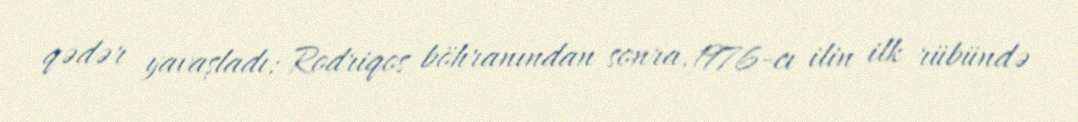
qədər yavaşladı; Rodriqos böhranından sonra, 1976-cı ilin ilk rübündə